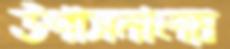
উপাসনালয়